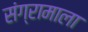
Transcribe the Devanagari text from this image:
संग्रामाला